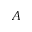
A